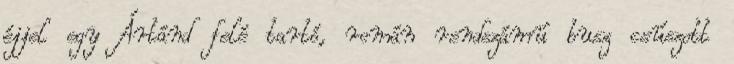
éjjel egy Ártánd felé tartó, román rendszámú busz csúszott